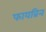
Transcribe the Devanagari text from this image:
फायब्रिन